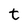
Character: t